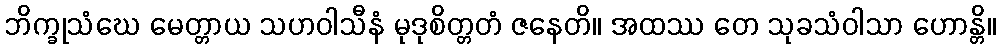
ဘိက္ခုသံဃေ မေတ္တာယ သဟဝါသီနံ မုဒုစိတ္တတံ ဇနေတိ။ အထဿ တေ သုခသံဝါသာ ဟောန္တိ။